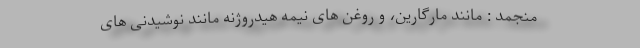
منجمد : مانند مارگارین، و روغن های نیمه هیدروژنه مانند نوشیدنی های